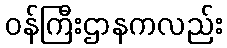
ဝန်ကြီးဌာနကလည်း